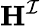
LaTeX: \mathbf{H}^{\mathcal{I}}